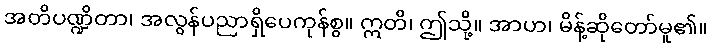
အတိပဏ္ဍိတာ၊ အလွန်ပညာရှိပေကုန်စွ။ ဣတိ၊ ဤသို့။ အာဟ၊ မိန့်ဆိုတော်မူ၏။